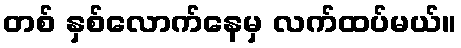
တစ် နှစ်လောက်နေမှ လက်ထပ်မယ်။